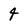
Character: 4